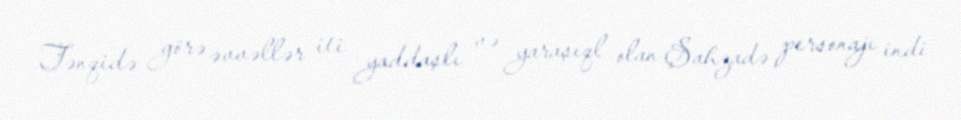
Tənqidə görə əvvəllər iti yaddaşlı və yaraşıql olan Şahzadə personajı indi